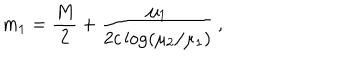
LaTeX: m _ { 1 } = \frac { M } { 2 } + \frac { \mu _ { 1 } } { 2 c \log ( \mu _ { 2 } / \mu _ { 1 } ) } \, ,